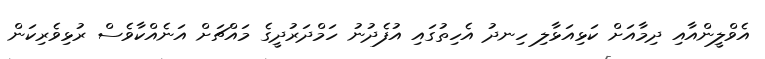
އެވްލީންއާއި ދިމާއަށް ކަޅިއަޅާލި ހިނދު އެހިތުގައި އުފެދުނު ހަމްދަރުދީގެ މައްޗަށް އަނެއްކާވެސް ރުޅިވެރިކަން